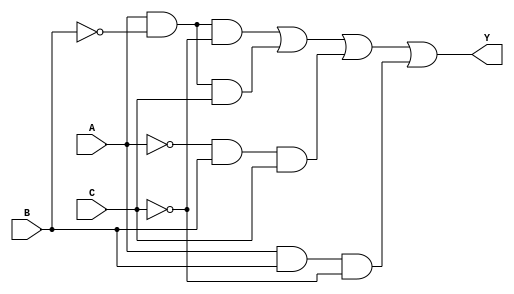
module combinational_logic_block (
    input wire A, // Input variable A
    input wire B, // Input variable B
    input wire C, // Input variable C
    output wire Y // Output Y
);
    // Sum of Products (SOP) implementation
    assign Y = (A & ~B & ~C) | (A & ~B & C) | (~A & B & C) | (A & B & ~C);
endmodule